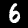
Digit: 6